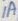
Text: 1A